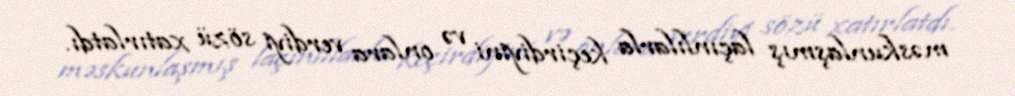
məskunlaşmış laçınlılarla keçirdiyini və onlara verdiyi sözü xatırlatdı.